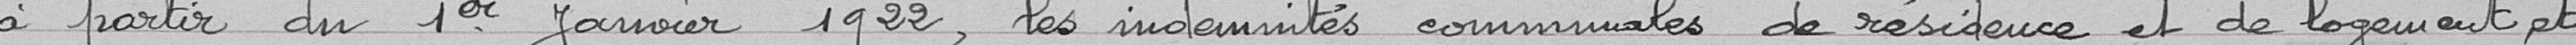
à partir du 1er janvier 1922, les indemnités communales de résidence et de logement, et